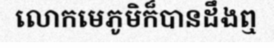
លោកមេភូមិក៏បានដឹងឮ